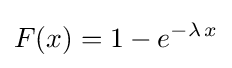
F(x)=1-e^{-\lambda \,x}